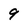
Character: 9